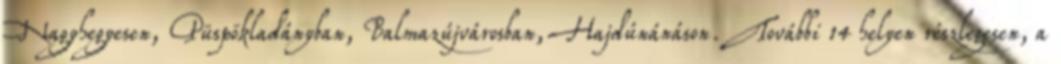
Nagyhegyesen, Püspökladányban, Balmazújvárosban, Hajdúnánáson. További 14 helyen részlegesen, a